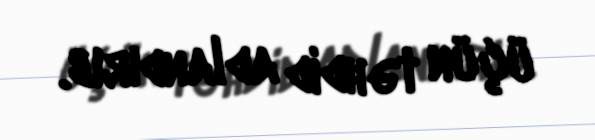
üçün təhdid adlandırıb.